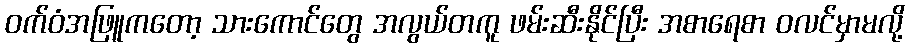
ဝက်ဝံအဖြူကတော့ သားကောင်တွေ အလွယ်တကူ ဖမ်းဆီးနိုင်ပြီး အစာရေစာ ဝလင်မှာမလို့